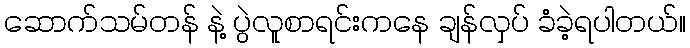
ဆောက်သမ်တန် နဲ့ ပွဲလူစာရင်းကနေ ချန်လှပ် ခံခဲ့ရပါတယ်။